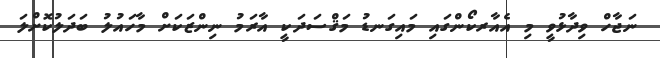
ނަޖާހް ވިދާޅުވީ މި އެއާރކޯންގައި މައިގަނޑު މަޤްސަދަކީ އާރަމު ނިންޒަކަށް މާހައުލު ބަދަލުކޮށްލަ